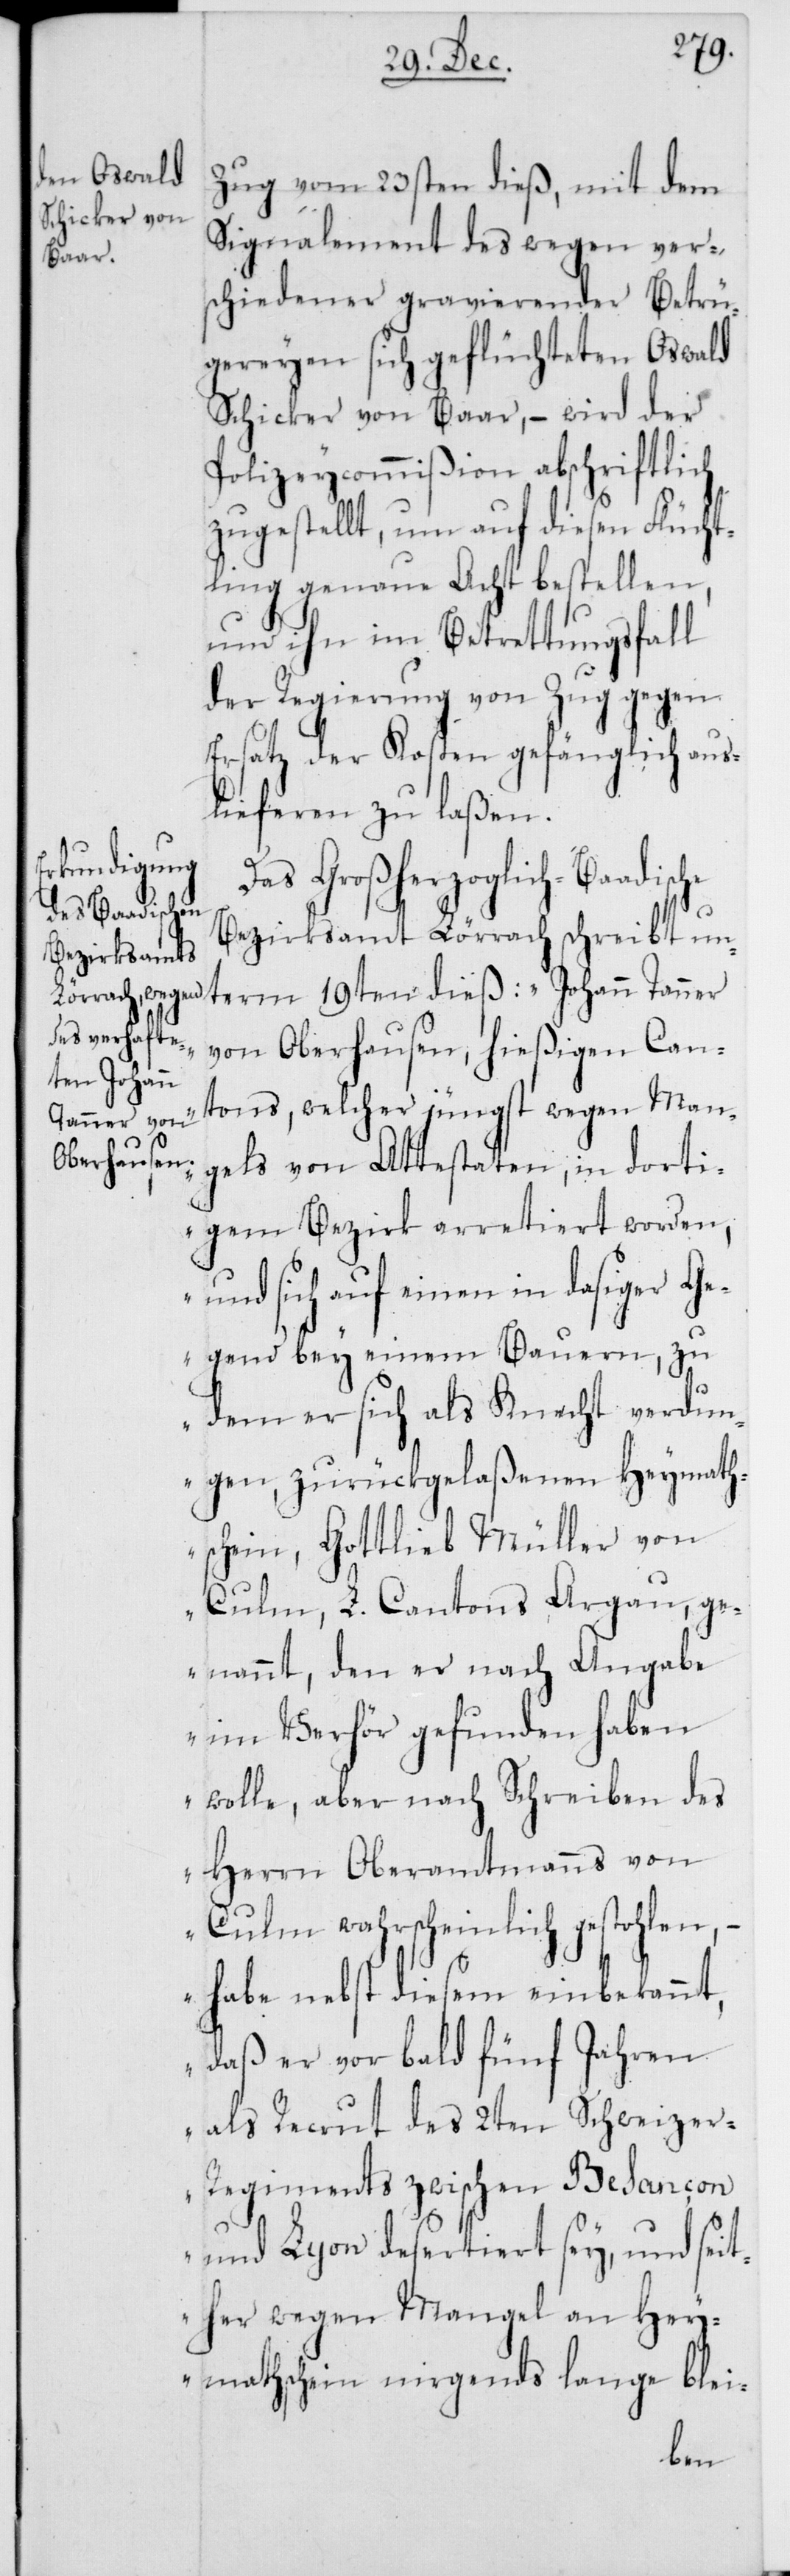
Zug vom 23sten dieß, mit dem
Signalement des wegen ver¬
schiedener gravierender Betrü¬
gereyen sich geflüchteten Oswald
Schicker von Baar, – wird der
Polizeycommißion abschriftlich
zugestellt, um auf diesen Flücht¬
ling genaue Acht bestellen,
und ihn im Betrettungsfall
der Regierung von Zug gegen
Ersatz der Kosten gefänglich aus¬
lieferen zu laßen.
Das Großherzoglich-Baadisc¬
Bezirksamt Lörrach schreibt un¬
term 19ten dieß: „Johann Tanner
von Oberhausen, hießigen Can¬
tons, welcher jüngst wegen Man¬
gels von Attestaten, in dorti¬
gem Bezirk arretiert worden,
und sich auf einen in dasiger Ge¬
gend bey einem Bauern, zu
dem er sich als Knecht verdun¬
gen, zurückgelaßenen Heymath¬
schein, Gottlieb Müller von
Culm, L. Cantons Argau, ge¬
nannt, den er nach Angabe
im Verhör gefunden haben
wolle, aber nach Schreiben des
Herrn Oberamtmanns von
Culm wahrscheinlich gestohlen, –
habe nebst diesem einbekannt,
daß er vor bald fünf Jahren
als Recrut des 2ten Schweize¬
r-Regiments zwischen Besançon
und Lyon desertiert sey, und seit¬
her wegen Mangel an Hey¬
mathschein nirgends lange blei-
he